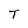
Character: T